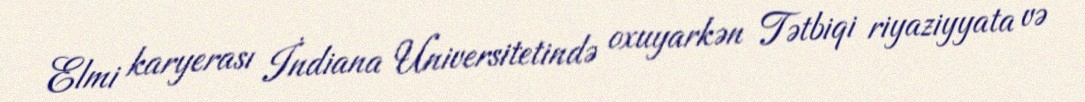
Elmi karyerası İndiana Universitetində oxuyarkən Tətbiqi riyaziyyata və